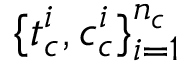
\{ t _ { c } ^ { i } , c _ { c } ^ { i } \} _ { i = 1 } ^ { n _ { c } }